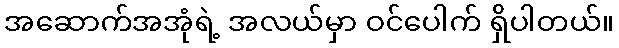
အဆောက်အအုံရဲ့ အလယ်မှာ ဝင်ပေါက် ရှိပါတယ်။